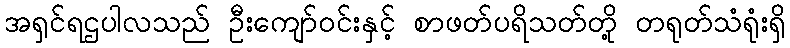
အရှင်ရဌပါလသည် ဦးကျော်ဝင်းနှင့် စာဖတ်ပရိသတ်တို့ တရုတ်သံရုံးရှိ